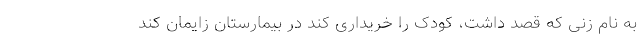
به نام زنی که قصد داشت، کودک را خریداری کند در بیمارستان زایمان کند